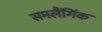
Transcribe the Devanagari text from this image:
समलैंगिंक